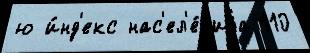
ю и́нд'екс нас'ел'е́н'иjа 110